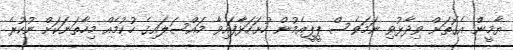
ޔާމީން އެގޮތަށް ވިދާޅުވި ނަމަވެސް ޕީޕީއެމުން ހުށަހަޅާފައިވާ މައްސަލައިގެ ހުކުމެއް މިހާތަނަކަށް ނުކުރެ